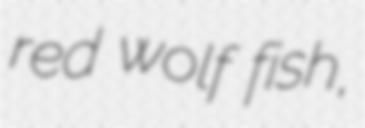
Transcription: red wolf fish,